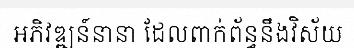
អភិវឌ្ឍន៍នានា ដែលពាក់ព័ន្ធនឹងវិស័យ